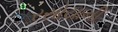
રસોયાની